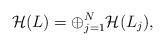
LaTeX: \begin{align*}\mathcal H(L)=\oplus_{j=1}^N \mathcal H(L_j),\end{align*}